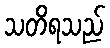
သတိရသည်